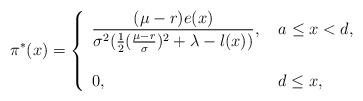
LaTeX: \begin{align*}\pi^*(x)= \left\{\begin{array}{ll} \displaystyle \frac{(\mu-r)e(x)}{\sigma^2(\frac{1}{2}(\frac{\mu-r}{\sigma})^2+\lambda-l(x))}, &\ a\leq x< d,\\ \\ 0, & \ d\le x, \end{array}\right.\end{align*}